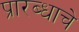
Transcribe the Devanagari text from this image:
प्रारब्धाचे